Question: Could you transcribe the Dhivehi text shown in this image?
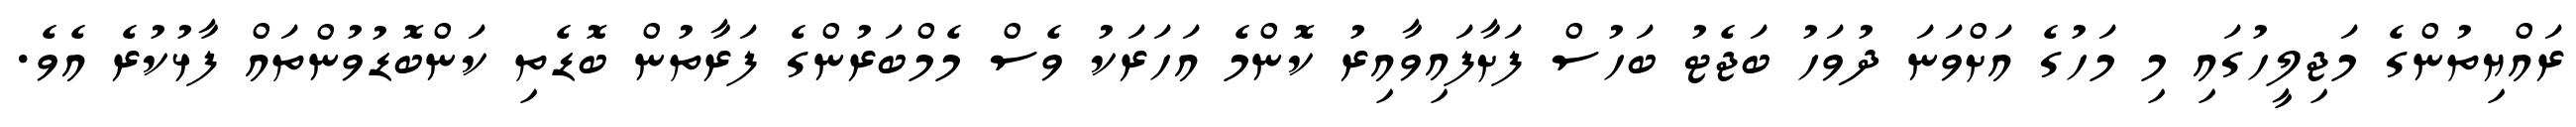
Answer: ރައްޔިތުންގެ މަޖިލީހުގައި މި މަހުގެ އަށްވަނަ ދުވަހު ބަޖެޓު ބަހުސް ފަށާފައިވާއިރު ކޮންމެ އަހަރަކު ވެސް މެމްބަރުންގެ ފަރާތުން ބޮޑެތި ކަންބޮޑުވުންތައް ފާޅުކުރެ އެވެ.